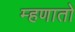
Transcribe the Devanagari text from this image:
म्हणातो